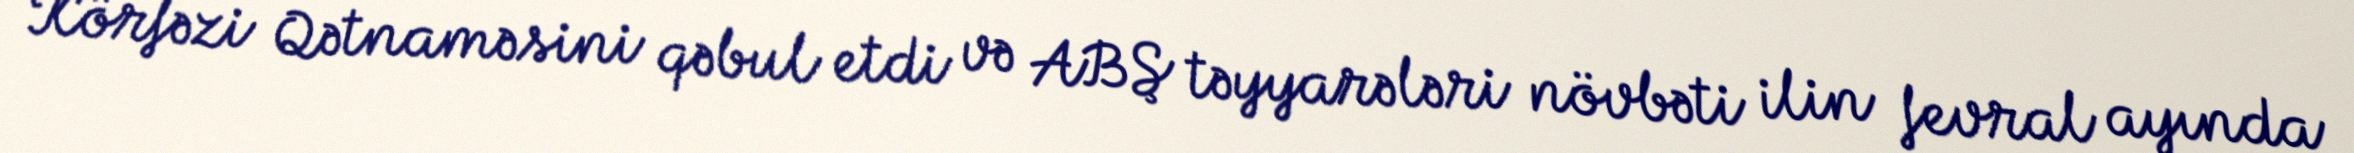
Körfəzi Qətnaməsini qəbul etdi və ABŞ təyyarələri növbəti ilin fevral ayında